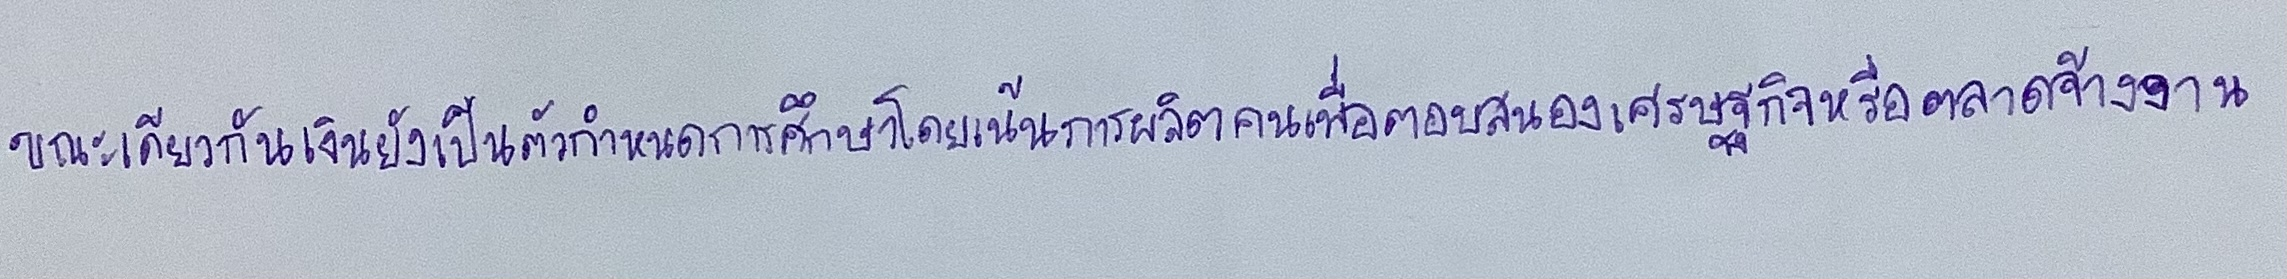
ขณะเดียวกันเงินยังเป็นตัวกำหนดการศึกษาโดยเน้นการผลิตคนเพื่อตอบสนองเศรษฐกิจหรือตลาดจ้างงาน